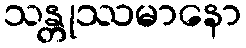
သန္တုဿမာနော